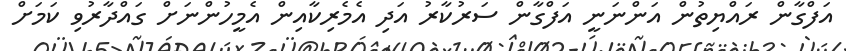
އަފްގާން ރައްޔިތުން އަންނަނީ އަފްގާން ސަރުކާރު އަދި އެމެރިކާއިން އެމީހުންނަށް ގައްދާރުވި ކަމަށް